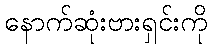
နောက်ဆုံးဗားရှင်းကို